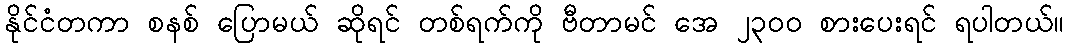
နိုင်ငံတကာ စနစ် ပြောမယ် ဆိုရင် တစ်ရက်ကို ဗီတာမင် အေ ၂၃၀၀ စားပေးရင် ရပါတယ်။